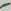
Text: -